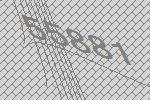
55881